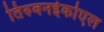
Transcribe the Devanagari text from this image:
तिरुवनईकोएल